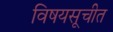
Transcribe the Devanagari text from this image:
विषयसूचीत